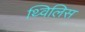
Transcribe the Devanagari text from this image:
थ्‍विलिस